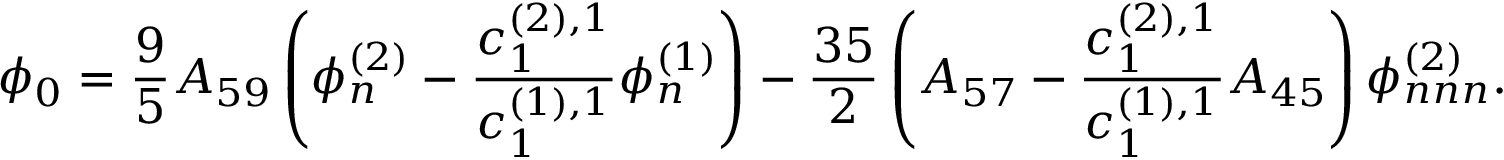
\phi _ { 0 } = \frac { 9 } { 5 } A _ { 5 9 } \left( \phi _ { n } ^ { ( 2 ) } - \frac { c _ { 1 } ^ { ( 2 ) , 1 } } { c _ { 1 } ^ { ( 1 ) , 1 } } \phi _ { n } ^ { ( 1 ) } \right) - \frac { 3 5 } { 2 } \left( A _ { 5 7 } - \frac { c _ { 1 } ^ { ( 2 ) , 1 } } { c _ { 1 } ^ { ( 1 ) , 1 } } A _ { 4 5 } \right) \phi _ { n n n } ^ { ( 2 ) } .